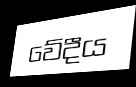
වේදීය